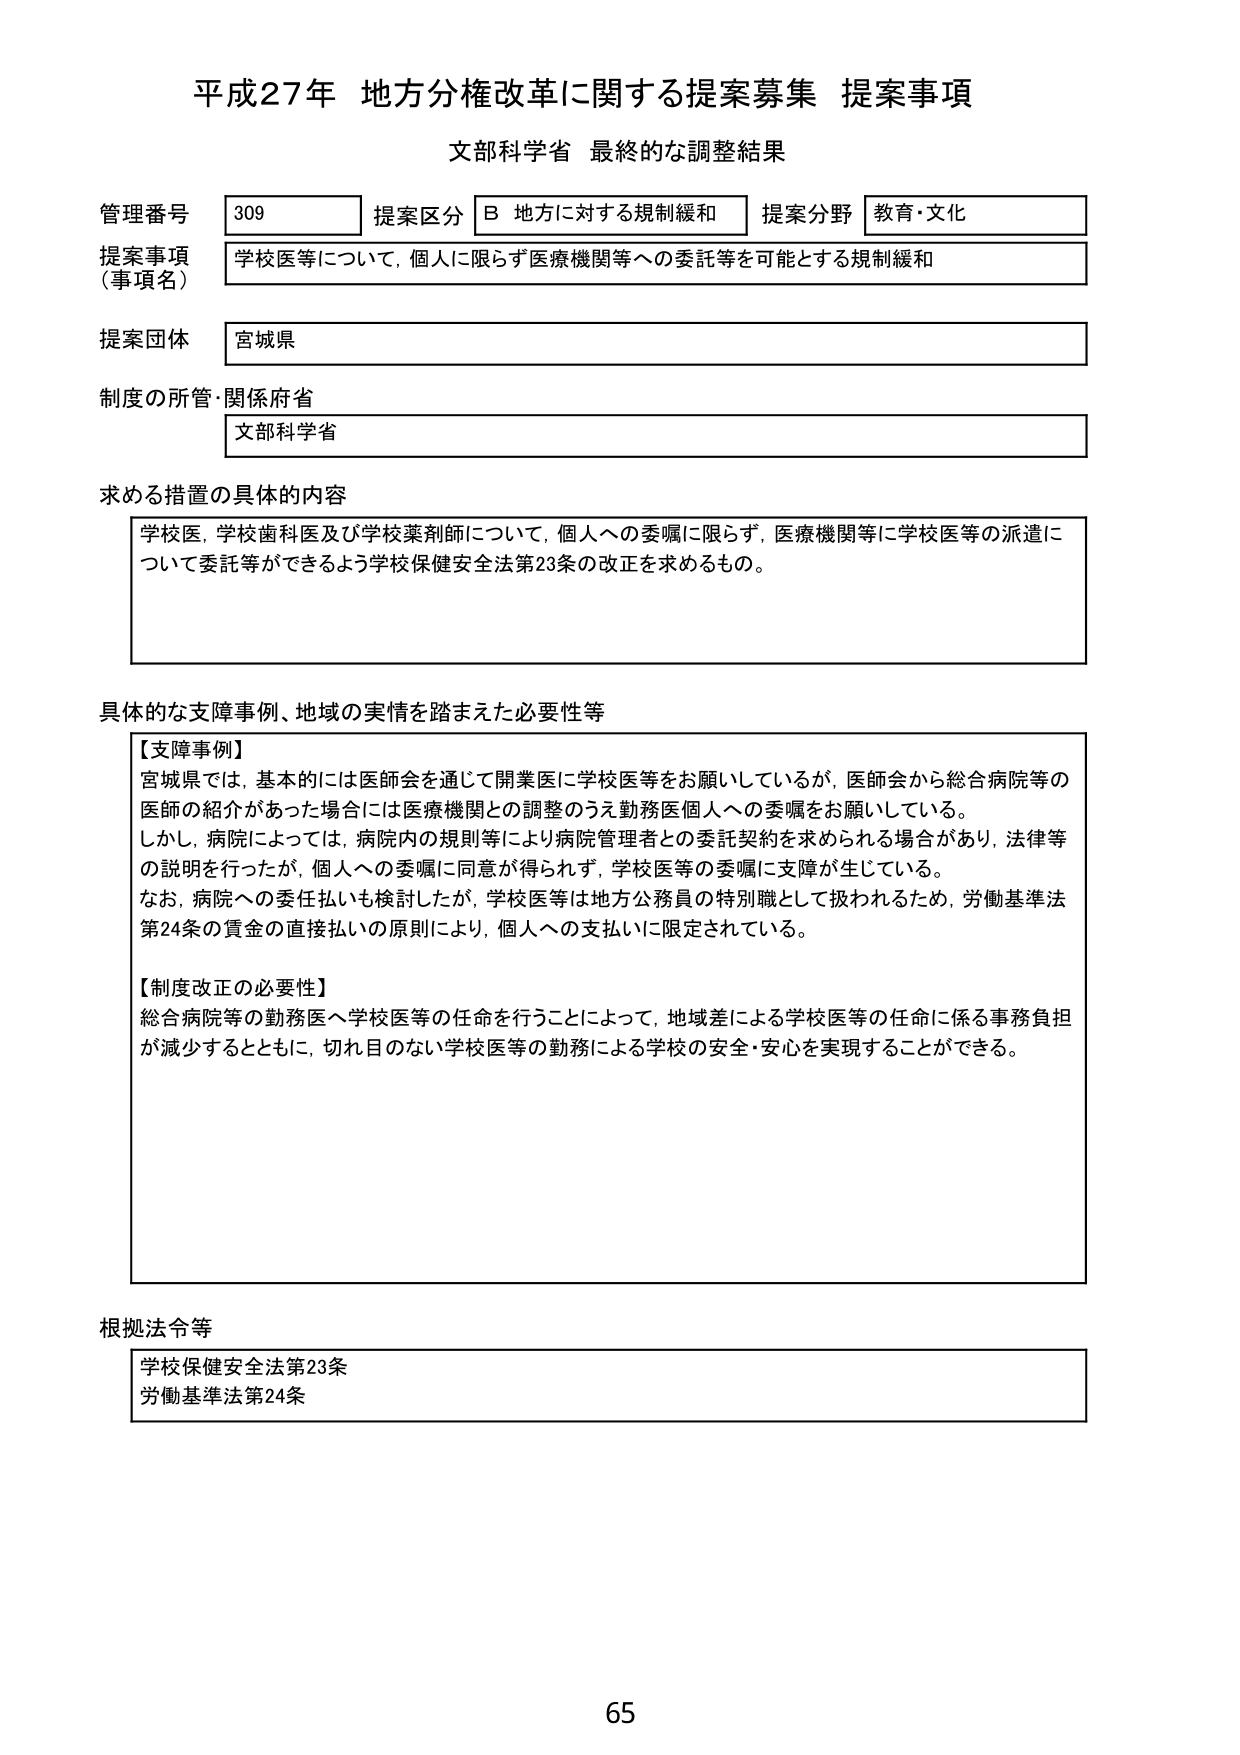
平成27年 地方分権改革に関する提案募集 提案事項
文部科学省 最終的な調整結果

管理番号 309
提案区分 B 地方に対する規制緩和
提案分野 教育・文化

提案事項（事項名）
学校医等について，個人に限らず医療機関等への委託等を可能とする規制緩和

提案団体
宮城県

制度の所管・関係府省
文部科学省

求める措置の具体的内容
学校医，学校歯科医及び学校薬剤師について，個人への委嘱に限らず，医療機関等に学校医等の派遣について委託等ができるよう学校保健安全法第23条の改正を求めるもの。

具体的な支障事例、地域の実情を踏まえた必要性等
【支障事例】
宮城県では，基本的には医師会を通じて開業医に学校医等をお願いしているが，医師会から総合病院等の医師の紹介があった場合には医療機関との調整のうえ勤務医個人への委嘱をお願いしている。
しかし，病院によっては，病院内の規則等により病院管理者との委託契約を求められる場合があり，法律等の説明を行ったが，個人への委嘱に同意が得られず，学校医等の委嘱に支障が生じている。
なお，病院への委任払いも検討したが，学校医等は地方公務員の特別職として扱われるため，労働基準法第24条の賃金の直接払いの原則により，個人への支払いに限定されている。

【制度改正の必要性】
総合病院等の勤務医へ学校医等の任命を行うことによって，地域差による学校医等の任命に係る事務負担が減少するとともに，切れ目のない学校医等の勤務による学校の安全・安心を実現することができる。

根拠法令等
学校保健安全法第23条
労働基準法第24条

65